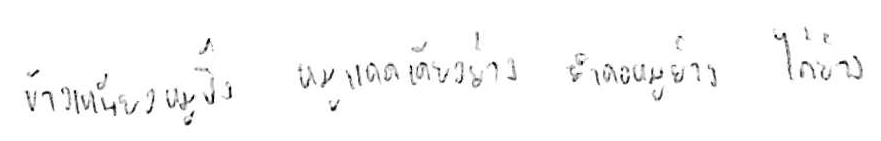
ข้าวเหนียวหมูปิ้ง หมูแดดเดียวย่าง ยำคอหมูย่าง ไก่ย่าง